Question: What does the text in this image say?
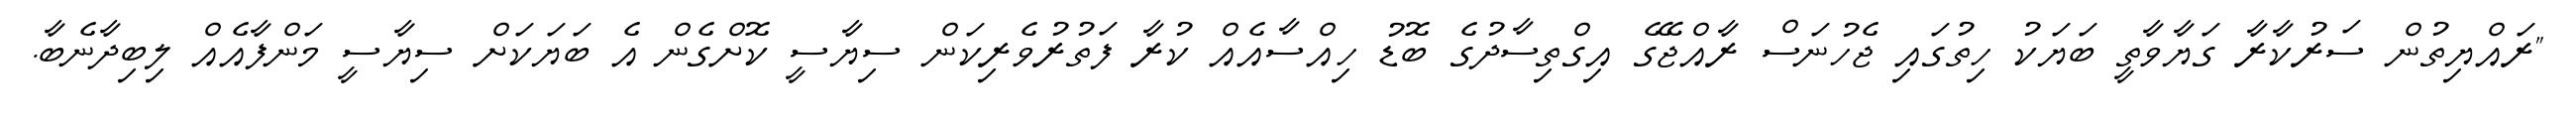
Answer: "ރައްޔިތުން ސަރުކާރާ ގަޔާވާތީ ބަޔަކު ހިތުގައި ޖެހުނަސް ރާއްޖޭގެ އިގްތިސާދުގެ ބޮޑު ހިއްސާއެއް ކުރާ ފަތުރުވެރިކަން ސިޔާސީ ކޮށްގެން އެ ބަޔަކަށް ސިޔާސީ މަންފާއެއް ލިބިދާނެބާ.